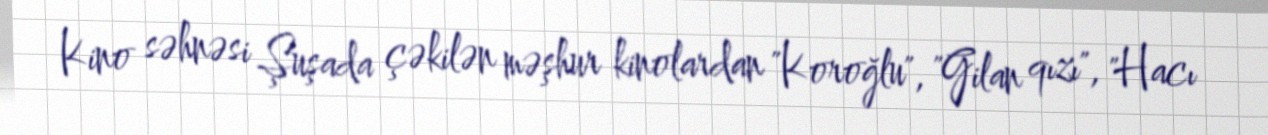
Kino səhnəsi Şuşada çəkilən məşhur kinolardan "Koroğlu", "Gilan qızı", "Hacı